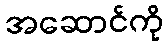
အဆောင်ကို